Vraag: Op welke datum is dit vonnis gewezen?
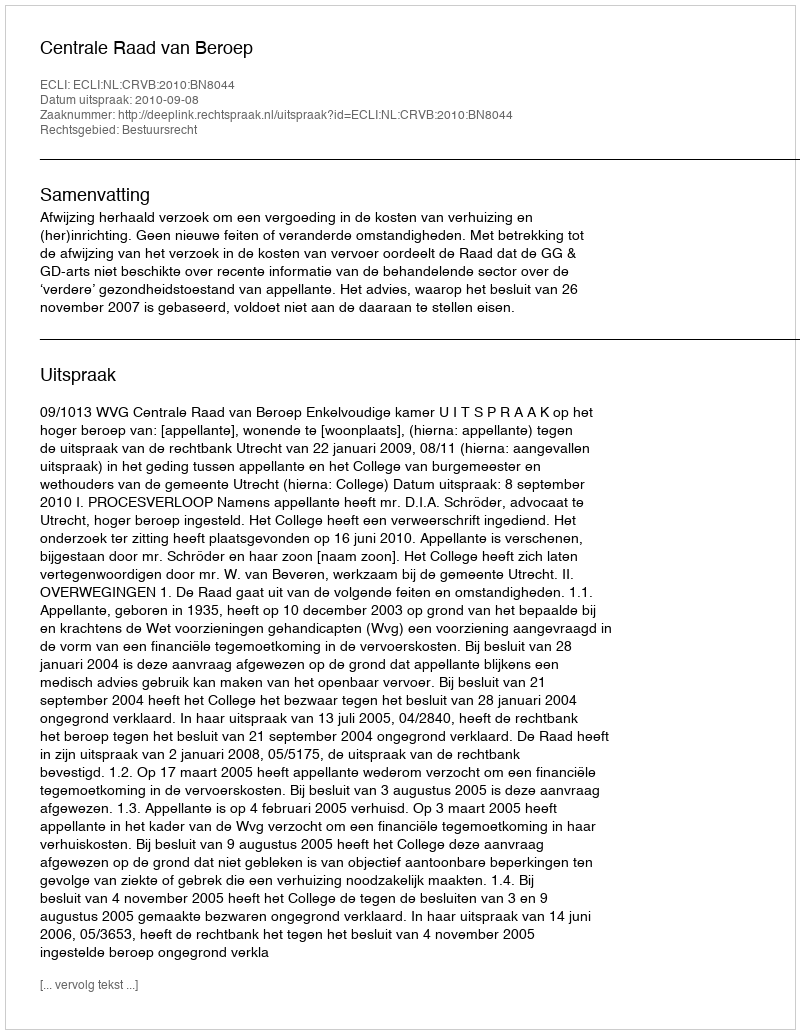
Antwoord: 2010-09-08